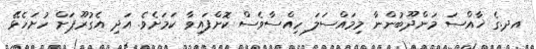
އދ.ގެ ޚާއްސަ މަންދޫބުންނާ މިމައްސަލަ ހިއްސާވެސް ކޮށްފައިވާ ކަމަށެވެ. އަދި އެގުރޫޕަށް ހުށަހެޅޭ